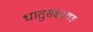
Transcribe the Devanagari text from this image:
धातुसंक्षारण